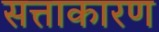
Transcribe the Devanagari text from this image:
सत्ताकारण